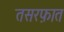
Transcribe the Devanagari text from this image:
तसरफ़ात